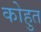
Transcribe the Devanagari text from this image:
कोहुत